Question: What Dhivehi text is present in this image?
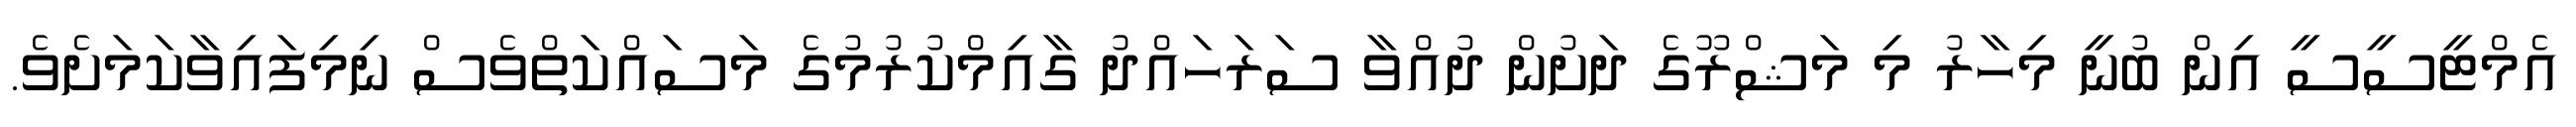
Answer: އެމްޓީސީސީ އިން ބުނީ މިހާރު މި މަޝްރޫގެ ދަށުން ދުއްވާ ސަރަހައްދު ގާއިމްކުރުމުގެ މަސައްކަތްވެސް ނިމިފައިވާކަމަށެވެ.